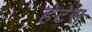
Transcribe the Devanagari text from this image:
हेटेस